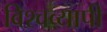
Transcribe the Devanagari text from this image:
विश्‍वव्‍यापी